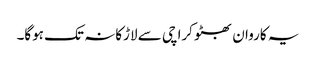
یہ کاروان بھٹو کراچی سے لاڑکانہ تک ہوگا۔